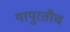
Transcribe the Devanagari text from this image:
यापुरतीच